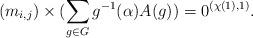
LaTeX: \begin{align*}(m_{i,j})\times(\sum_{g\in G} g^{-1}(\alpha)A(g))=0^{(\chi(1),1)}.\end{align*}